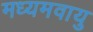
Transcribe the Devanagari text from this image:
मध्यमवायु